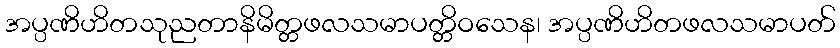
အပ္ပဏိဟိတသုညတာနိမိတ္တဖလသမာပတ္တိဝသေန၊ အပ္ပဏိဟိတဖလသမာပတ်